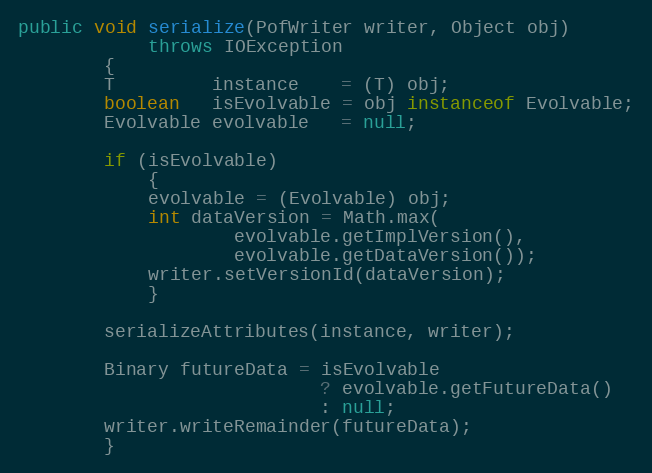
Language: Java
public void serialize(PofWriter writer, Object obj)
            throws IOException
        {
        T         instance    = (T) obj;
        boolean   isEvolvable = obj instanceof Evolvable;
        Evolvable evolvable   = null;

        if (isEvolvable)
            {
            evolvable = (Evolvable) obj;
            int dataVersion = Math.max(
                    evolvable.getImplVersion(),
                    evolvable.getDataVersion());
            writer.setVersionId(dataVersion);
            }

        serializeAttributes(instance, writer);

        Binary futureData = isEvolvable
                            ? evolvable.getFutureData()
                            : null;
        writer.writeRemainder(futureData);
        }